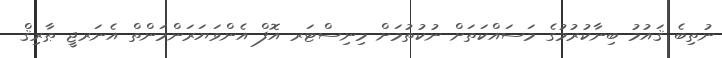
ނުތިބެ ޤައުމު ބިނާކުރުމުގެ މަސައްކަތަށް ނުކުތުމަށް މިނިސްޓަރ އޮފް އެންވަޔަރަންމަންތް އެނަރޖީ ޠާރިޤް